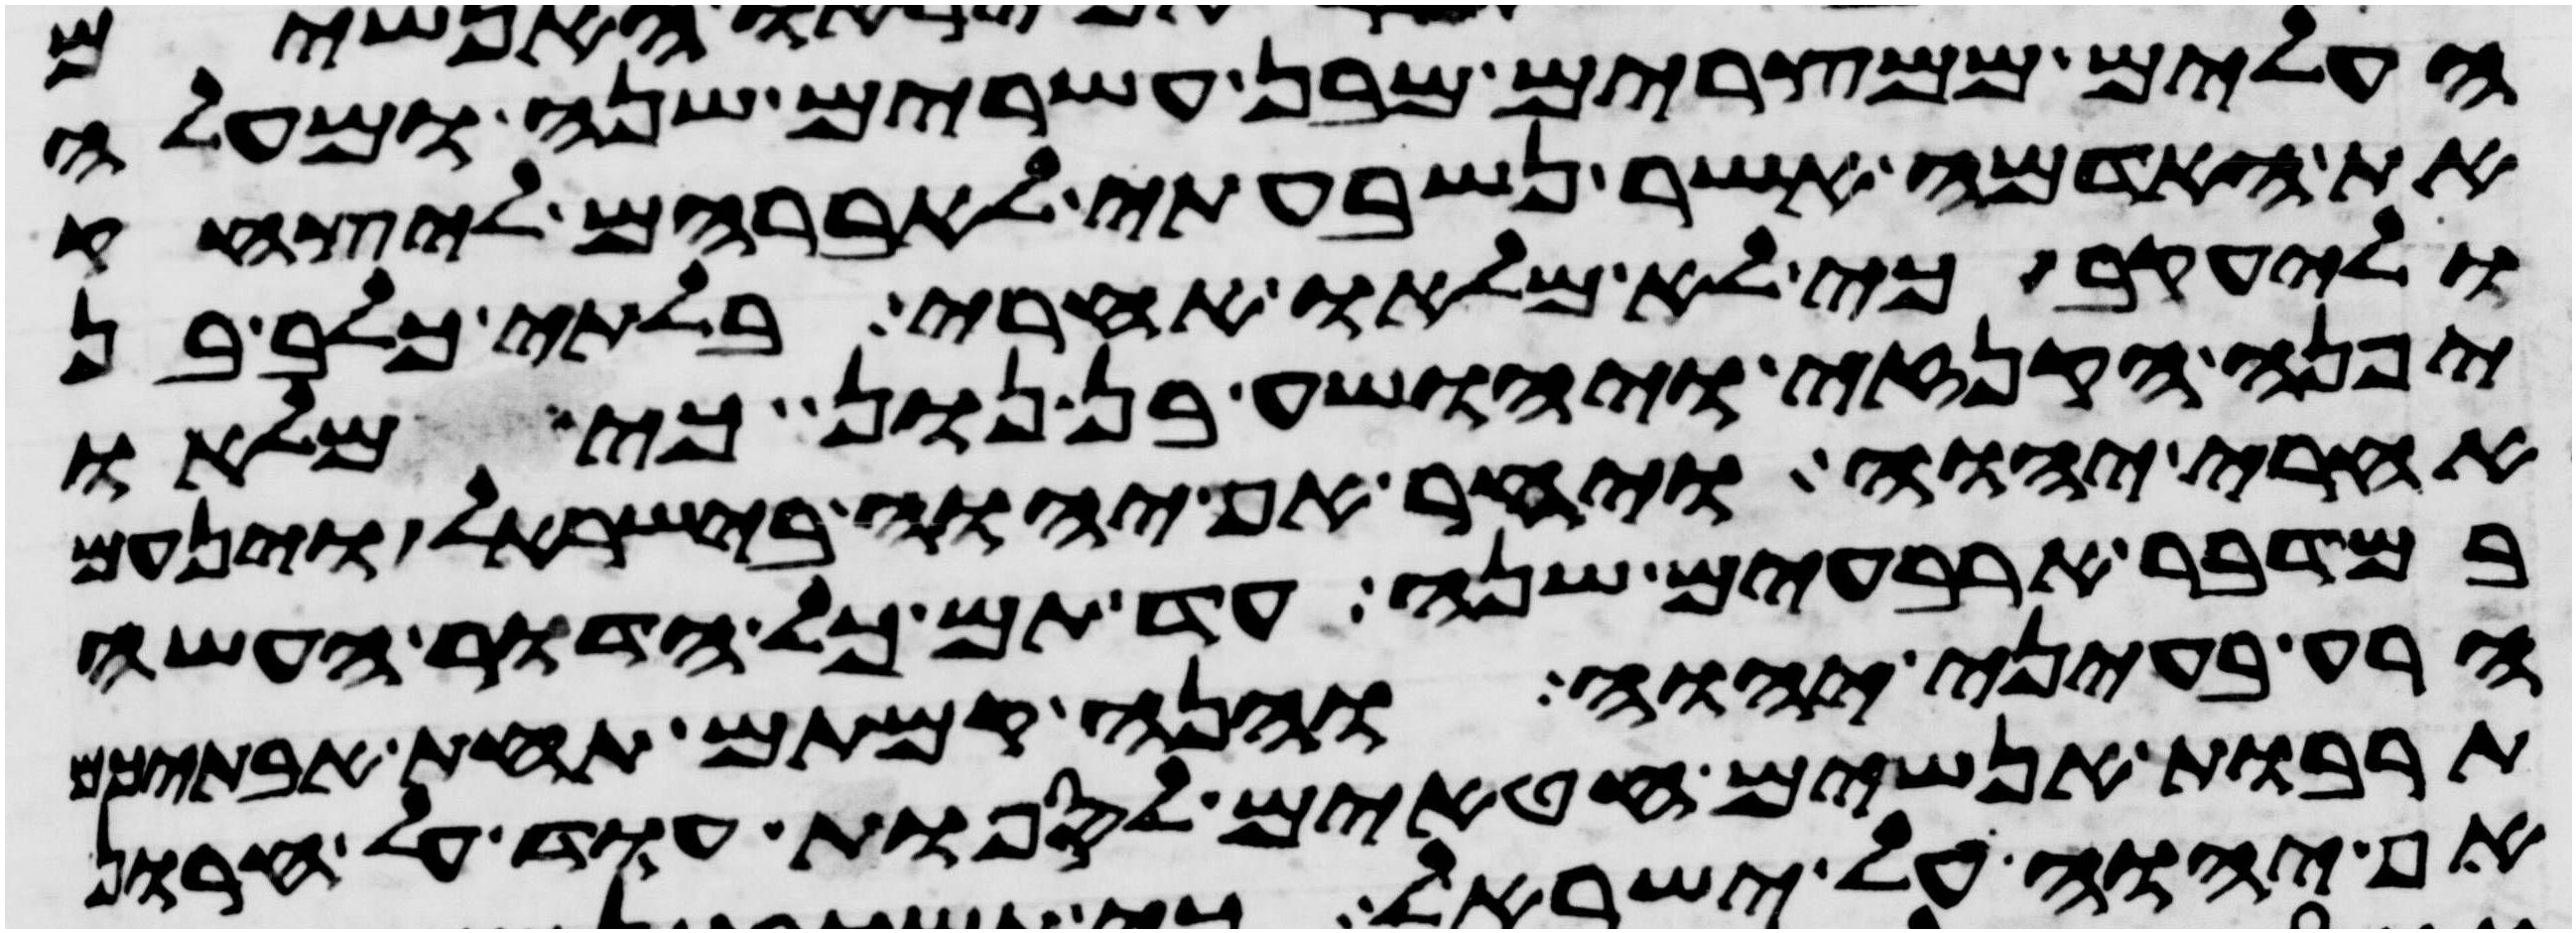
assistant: העלים ממצרים מבן עשרים שנה ומעלה
את האדמה אשר נשבעתי לאברהם ליצחק
וליעקב כי לא מלאו אחרי בלתי כלב בן
יפנה הקנזי ויהושע בן נון כי מלאו
אחרי יהוה ויחר אף יהוה בישראל וינעם
במדבר ארבעים שנה עד תם כל הדור העשה
הרע בעיני יהוה והנה קמתם תחת אבתיכם
תרבות אנשים חטאים לספות עוד על חרון